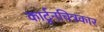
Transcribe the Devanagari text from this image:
कार्टूनचित्रकार